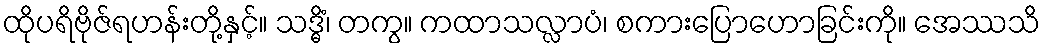
ထိုပရိဗိုဇ်ရဟန်းတို့နှင့်။ သဒ္ဓိံ၊ တကွ။ ကထာသလ္လာပံ၊ စကားပြောဟောခြင်းကို။ အေဿသိ